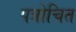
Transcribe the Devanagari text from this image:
पत्रोचित